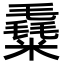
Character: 𥼛